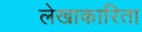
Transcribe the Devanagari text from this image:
लेखाकारिता